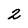
Character: 2